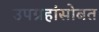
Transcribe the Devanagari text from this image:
उपग्रहांसोबत